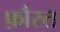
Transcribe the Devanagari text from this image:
फ़ौस्त